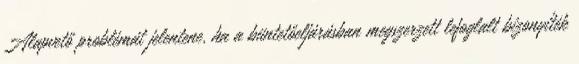
Alapvető problémát jelentene, ha a büntetőeljárásban megszerzett lefoglalt bizonyíték